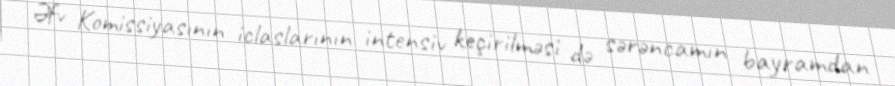
Əfv Komissiyasının iclaslarının intensiv keçirilməsi də sərəncamın bayramdan